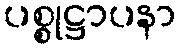
ပစ္စုဋ္ဌာပနာ